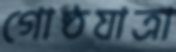
গোষ্ঠযাত্রা